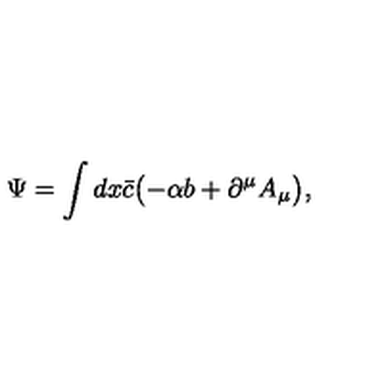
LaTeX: \Psi = \int d x \bar { c } \bigl ( - \alpha b + \partial ^ { \mu } A _ { \mu } \bigr ) ,